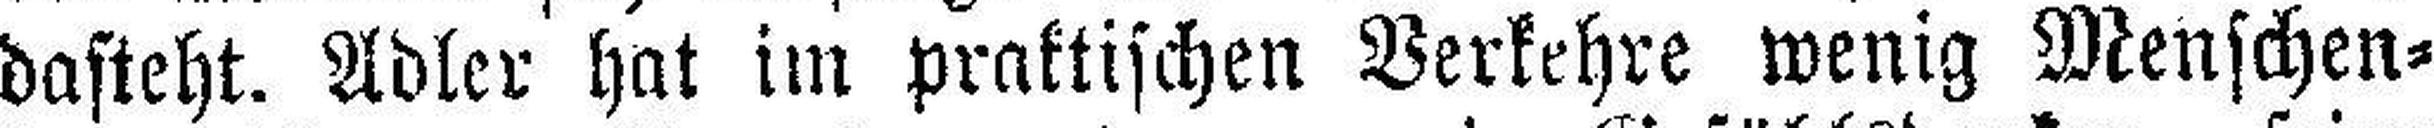
dasteht. Adler hat im praktischen Verkehre wenig Menschen¬